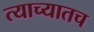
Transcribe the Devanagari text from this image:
त्याच्यातच